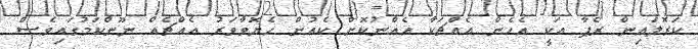
ކަރޮލައިން ރެޕާ އަކީ އެހެން އެއްޗަކާ އެއްނުކޮށް ކެއުން ހެޔޮވާވަރު އެއްޗެއް ނޫންކަމުގައިވެސް